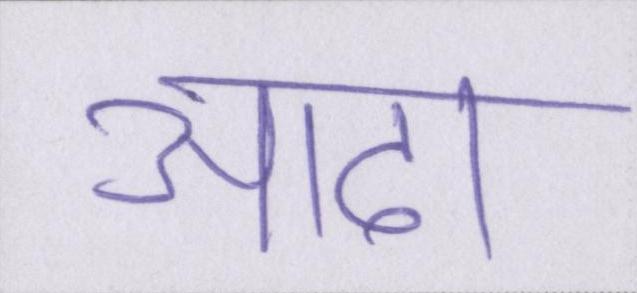
आढा